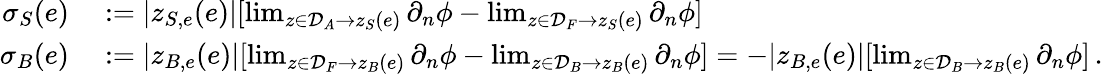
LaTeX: \begin{array}{rl}{\sigma_{S}(e)}&{{}:=|z_{S,e}(e)|[\operatorname*{lim}_{z\in\mathcal{D}_{A}\to z_{S}(e)}\partial_{n}\phi-\operatorname*{lim}_{z\in\mathcal{D}_{F}\to z_{S}(e)}\partial_{n}\phi]}\\ {\sigma_{B}(e)}&{{}:=|z_{B,e}(e)|[\operatorname*{lim}_{z\in\mathcal{D}_{F}\to z_{B}(e)}\partial_{n}\phi-\operatorname*{lim}_{z\in\mathcal{D}_{B}\to z_{B}(e)}\partial_{n}\phi]=-|z_{B,e}(e)|[\operatorname*{lim}_{z\in\mathcal{D}_{B}\to z_{B}(e)}\partial_{n}\phi]\, .}\end{array}